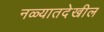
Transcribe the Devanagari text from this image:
नळ्यातदेखील